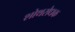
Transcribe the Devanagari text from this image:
शोथरोधक